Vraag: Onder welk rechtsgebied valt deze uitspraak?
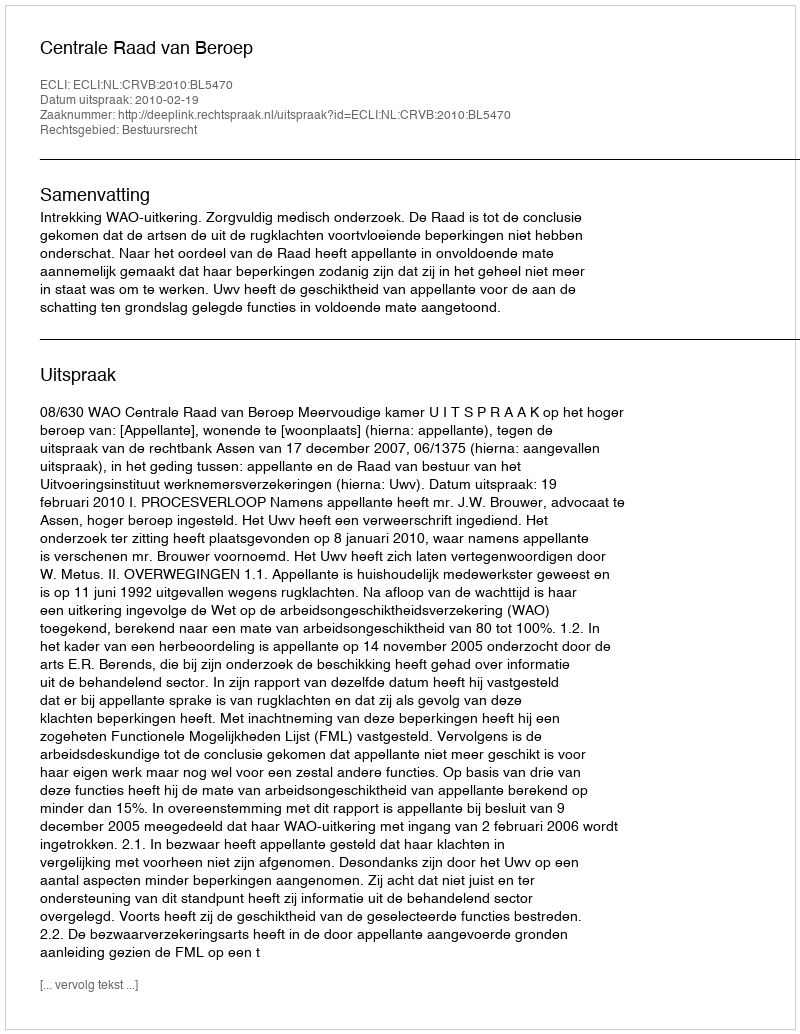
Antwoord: Bestuursrecht